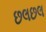
છલછલ